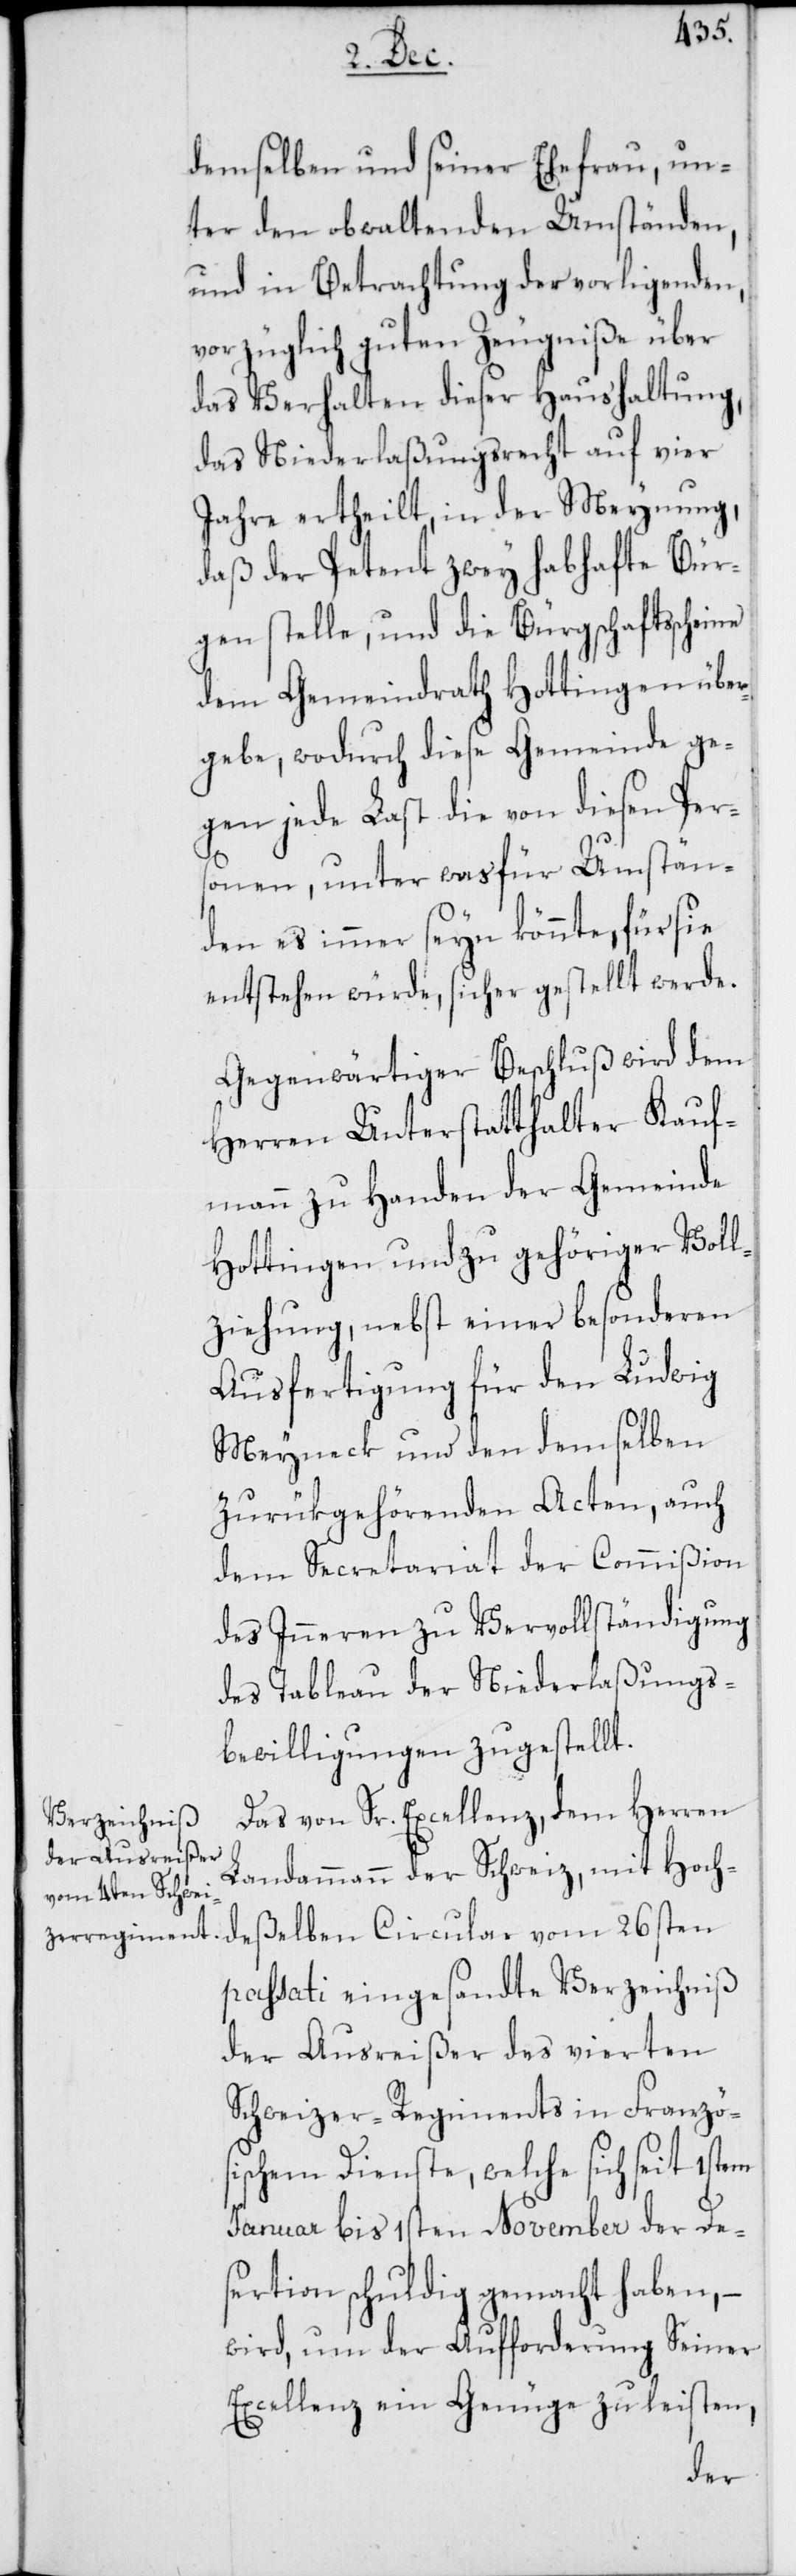
demselben und seiner Ehefrau, un¬
ter den obwaltenden Umständen,
und in Betrachtung der vorligenden,
vorzüglich guten Zeugniße über
das Verhalten dieser Haushaltung,
das Niederlaßungsrecht auf vier
Jahre ertheilt, in der Meynung,
daß der Petent zwey habhafte Bür¬
gen stelle, und die Bürgschaftsscheine
dem Gemeindrath Hottingen über¬
gebe, wodurch diese Gemeinde ge¬
gen jede Last die von diesen Per¬
sonen, unter was für Umstän¬
den es immer seyn könnte, für sie
entstehen würde, sichergestellt werde.
Gegenwärtiger Beschluß wird dem
Herren Unterstatthalter Kauf¬
mann zu Handen der Gemeinde
Hottingen und zu gehöriger Voll¬
ziehung, nebst einer besonderen
Ausfertigung für den Ludwig
Meyneck und den demselben
zurükgehörenden Acten, auch
dem Secretariat der Commißion
des Inneren zu Vervollständigung
des Tableau der Niederlaßungs¬
bewilligungen zugestellt.
Das von Sr. Excellenz, dem Herren
Landammann der Schweiz, mit Hoch¬
deßelben Circular vom 26sten
passati eingesandte Verzeichniß
der Ausreißer des vierten
Schweizer-Regiments in Französ¬
ischem Dienste, welche sich seit 1sten
Januar bis 1sten November der De¬
sertion schuldig gemacht haben, –
wird um der Aufforderung Seiner
Excellenz ein Genüge zu leisten,